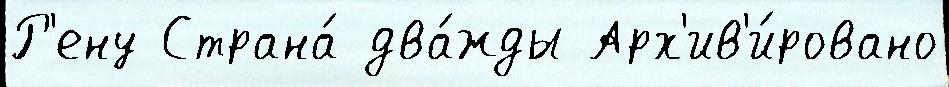
Р'ену Страна́ два́жды Арх'ив'и́ровано